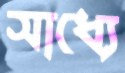
সাধ্যে